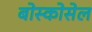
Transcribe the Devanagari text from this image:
बोस्कोसेल